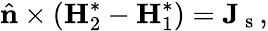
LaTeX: \hat{\mathbf{n}}\times(\mathbf{H}_{2}^{*}-\mathbf{H}_{1}^{*})=\mathbf{J}_{\mathrm{~s~}},